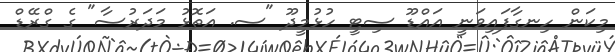
މިކަން ހިނގާފައިވަނީ އައްޑޫ ސިޓީ ހުޅުމީދޫ "ސ. އަތޮޅު މަދަަރުސާ" ގެ ގްރޭޑް